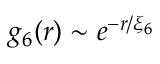
g _ { 6 } ( r ) \sim e ^ { - r / \xi _ { 6 } }